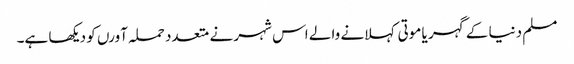
مسلم دنیا کے گہر یا موتی کہلانے والے اس شہر نے متعدد حملہ آورں کو دیکھا ہے۔